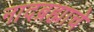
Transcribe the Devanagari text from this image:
नादब्रह्माचे